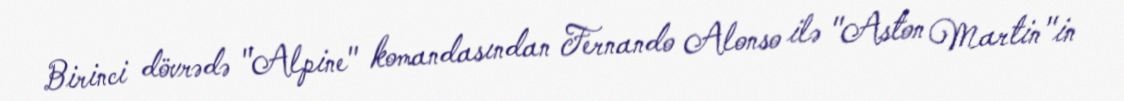
Birinci dövrədə "Alpine" komandasından Fernando Alonso ilə "Aston Martin"in